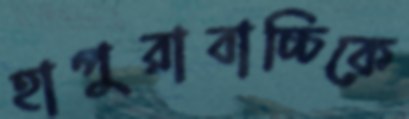
হাপুরাবাচ্চিকে